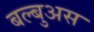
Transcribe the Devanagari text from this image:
बल्बुअस